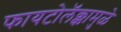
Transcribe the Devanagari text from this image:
फायटोलॅक्कामुळे